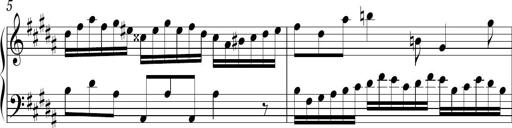
Title: Ten Piano Sonatinas
Composer: Andreas Sain